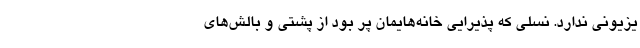
یزیونی ندارد. نسلی که پذیرایی خانه‌هایمان پر بود از پشتی و بالش‌های